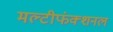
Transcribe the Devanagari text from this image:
मल्टीफंक्शनल